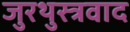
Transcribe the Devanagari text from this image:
जुरथुस्त्रवाद